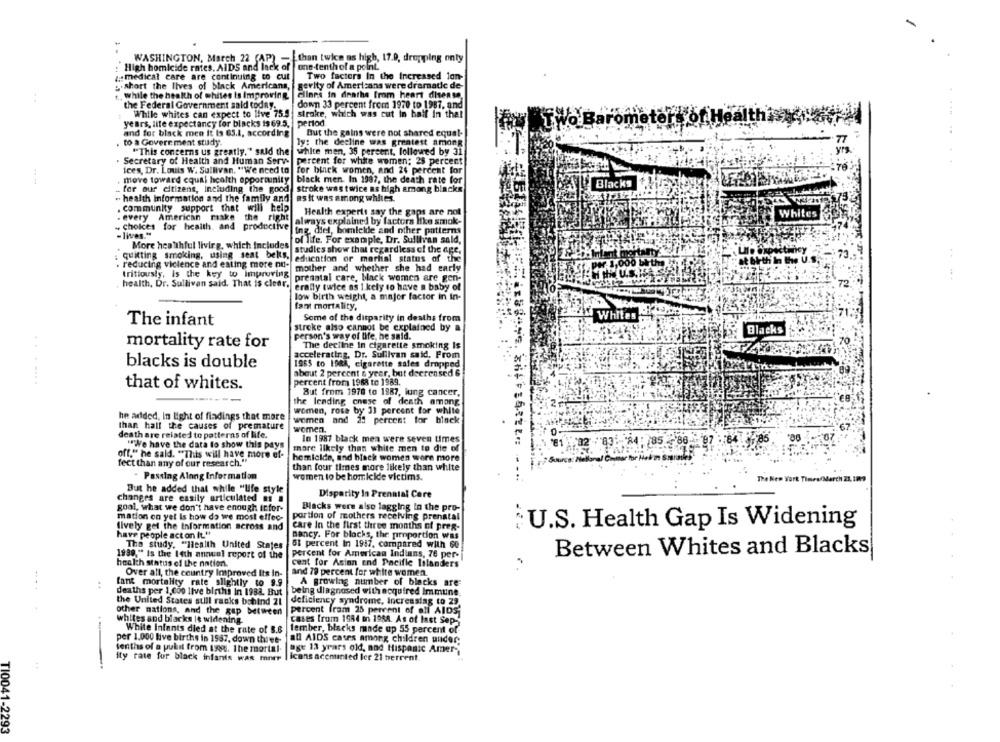
WASHINGTON, March 22 (AP)
than twice as high, 17.0, dropping only
High homicide rates. AIDS and lack of |one-tenthof a point.
z medical care are continuing to cut
Two factors In the Increased lon-
:. short the lives of black Americans,
gevity of Americans were dramatic de-
While the health of whites is Improving
Glines in deathe from heart disease,
the Federal Government sald today.
down 33 percent from 1970 to 1987, and
While whites can expect to live 75.9
stroke, which was cut in half In the!
years, lite expectancy for blacks is 69.5.
period.
and for black men it Is 63.1, according
But the gains were not shared equal-
. to a Goverr ment study.
ly: the decline was greatest among
"This concerns us greatly," said the white men, 35 percent, followed by 31
KE
Secretary of Health and Human Serv-
percent for white women; 25 percent
ices, Dr. Louis W. Sullivan. "We need to
for black women, and 24 percent for
move toward equal health opportunity
black men In 1987, the death rate for
Blacks
_ for our citizens, Including the good
stroke was twice as high among blacks
" health information and the family and
as it was among whiles.
. community support that will help
Health experts say the gaps are not
. every American make the right
always explained by factors like smok-
Choices for health. and productive
ing. diel, bomicide and other patterns
- lives."
More healthful livirg, which includes
of life. For example, Dr. Sullivan sald,
studies show that regardless of the age,
Timortany
quitting smoking, using seat belts.
education or martial status of the
..
reducing viclence and eating more nu-
mother and whether she had early
000 bitha
tritiously, Is the key to improving
U.S.KASP
health, Dr. Sullivan said. That is clear.
prenatal care, black women are gen-
erally twice as I kely to have a baby of
low birth weight, a major factor in in-
fant mortality,
Some of the disparity in deaths from
Whites
The infant
stroke also cannot be explained by a
Blacks
person's way of life, he said.
mortality rate for
The decline In cigarette smoking Is
accelerating, Dr. Sullivan said, From
1965 to 1988, cigarette sales dropped
blacks is double
about 2 percent & year, bat decreased 6
.......
that of whites.
percent from 1968 to 1989.
But from 1978 to 1887, lung cancer,
the lending cnese of death among
he added, In light of fiadings that more
women, rosa by 31 percent for white
women and 25 percent for black
.
than half the causes of premature
women.
death are related to patterns of life.
In 1987 black men were seven times
"We have the data to show this pays
:285
mare likely than white men to die of
off." he said. "This will have more ef-
homicide, and black women were more
fect than any of our research."
than four times more likely than white
Passing Along Information
women to be homicide victims.
The New York Times/March 21, Im9
But he added that while "life style
changes are easily articulated .s .
Disparity In Prenatal Care
goal, what we don't have enough Infor-
Blacks were also lagging In the pro-
mation on yet Is how do we most effec-
portion of mothers receiving prenatal
lively get the information across and
care In the first three months of preg-
: U.S. Health Gap Is Widening
have people acton it."
nancy. For blocks, the pimportion was
The study. "Health United States
51 percent In 1947, compared with 60
Between Whites and Blacks
1999," Is the 14th annual report of the
percent for American Indians, 76 per-
health status of the nation.
cent for Asian end Pacific lilanders
Over all, the country Improved Its in-
and 79 percent for white women.
fant mortality rate slightly to 9.9
A growing number of blacks are
deaths per 1,Coo live births In 1988. But
being diagnosed with acquired Immune.
the United States still ranks bsbind 21
deficiency syndrome, Increasing to 29
percent fram 25 percent of all AIDS'
other nations, and the gap between
whites and blacks is widening.
cases from 1984 in 1988. As of last Sep-
White Infants died at the rate of 8.8
lember, blacks made up 55 percent of
per 1.000 live births in 1587, down three-
all AIDS cases among children under
tenths of a pulit from 1998. The mortal.
age 13 years old, and Hispanic Amer-
ity rate for black infants was more
| icans acemented ler 21 berrent
:
-
TI0041-2293